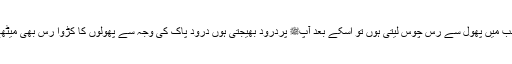
شہد کی مکھی نے کہا جب میں پھول سے رس چوس لیتی ہوں تو اسکے بعد آپﷺ پردرودِ بھیجتی ہوں درودِ پاک کی وجہ سے پھولوں کا کڑوا رس بھی میٹھے شہد میں بدل جاتا ہے۔